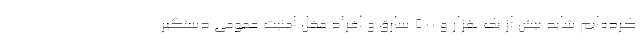
کرده‌ایم شاید بیش از یک هزار و 500 سارق و افراد مخل امنیت عمومی دستگیر